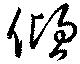
傾